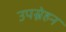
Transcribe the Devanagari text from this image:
उपस्नेहन